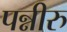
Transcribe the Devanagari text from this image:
पन्नीरु